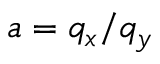
a = { { q } _ { x } } / { { q } _ { y } }